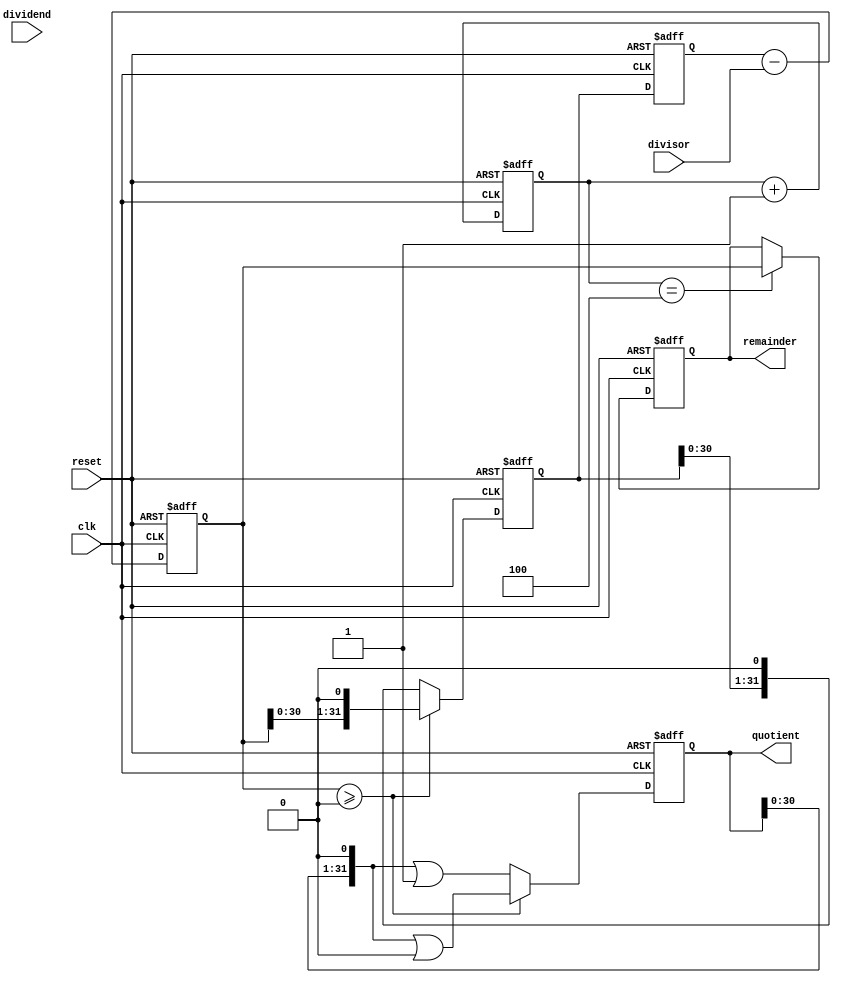
module Shift_and_Subtract_Divider (
    input wire clk,
    input wire reset,
    input wire [31:0] dividend,
    input wire [31:0] divisor,
    output reg [31:0] quotient,
    output reg [31:0] remainder
);

reg [31:0] shifted_dividend;
reg [31:0] temp_dividend;
reg [31:0] temp_remainder;
reg [4:0] count;

always @ (posedge clk or posedge reset) begin
    if (reset) begin
        shifted_dividend <= 32'b0;
        temp_dividend <= 32'b0;
        temp_remainder <= 32'b0;
        count <= 5'b0;
        quotient <= 32'b0;
        remainder <= 32'b0;
    end else begin
        temp_dividend <= shifted_dividend;
        temp_remainder <= temp_dividend - divisor;
        if (temp_remainder >= 0) begin
            shifted_dividend <= temp_remainder << 1;
            quotient <= quotient << 1 | 1'b0;
        end else begin
            shifted_dividend <= shifted_dividend << 1;
            quotient <= quotient << 1 | 1'b1;
        end
        
        count <= count + 1;
        if (count == 4) begin
            remainder <= temp_remainder;
        end
    end
end

endmodule